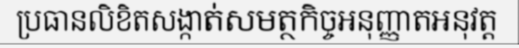
ប្រធានលិខិតសង្កាត់សមត្ថកិច្ចអនុញ្ញាតអនុវត្ត